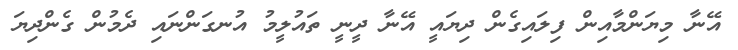
އޭނާ މިޔަންމާއިން ފިލައިގެން ދިޔައީ އޭނާ ދީނީ ތައުލީމު އުނގަންނައި ދެމުން ގެންދިޔަ